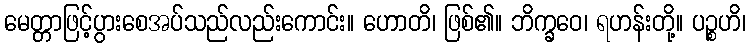
မေတ္တာဖြင့်ပွားစေအပ်သည်လည်းကောင်း။ ဟောတိ၊ ဖြစ်၏။ ဘိက္ခဝေ၊ ရဟန်းတို့။ ပဉ္စဟိ၊